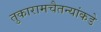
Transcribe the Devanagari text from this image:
तुकारामचैतन्यांकडे